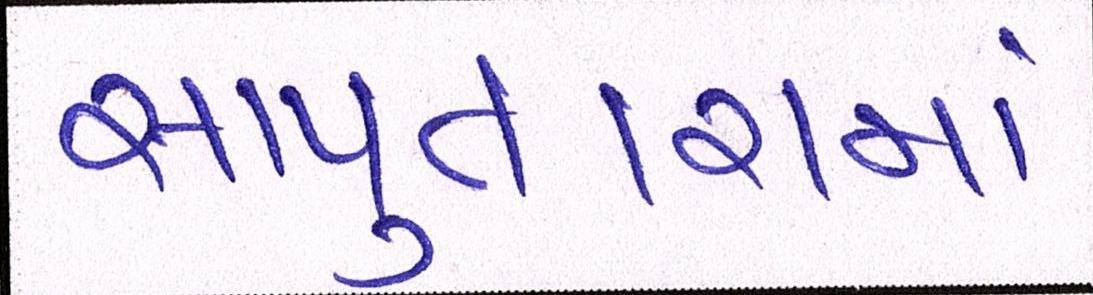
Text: સાપુતારામાં